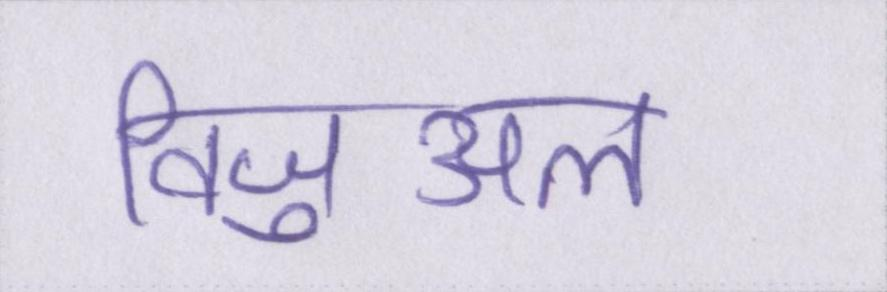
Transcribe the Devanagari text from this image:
विजुअल